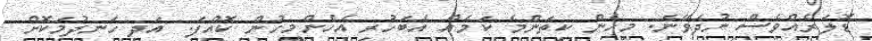
ޑޮލަރެއްވެސް ނުދެވޭނެ. މިހެން ކިތަންމެ ކަމެއް އެބަހުރި އެހެންމީހުން ކޮއްފަ. އަދި ހަނދުމަކޮށް